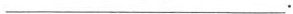
___.